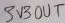
Text: 3V3OUT